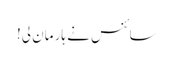
سائنس نے ہار مان لی!